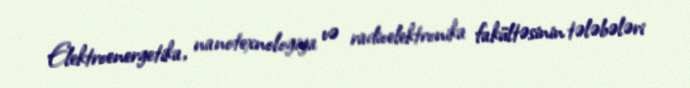
Elektroenergetika, nanotexnologiya və radioelektronika fakültəsinin tələbələri